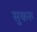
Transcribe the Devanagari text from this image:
सुकरु